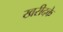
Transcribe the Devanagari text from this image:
खरीदके